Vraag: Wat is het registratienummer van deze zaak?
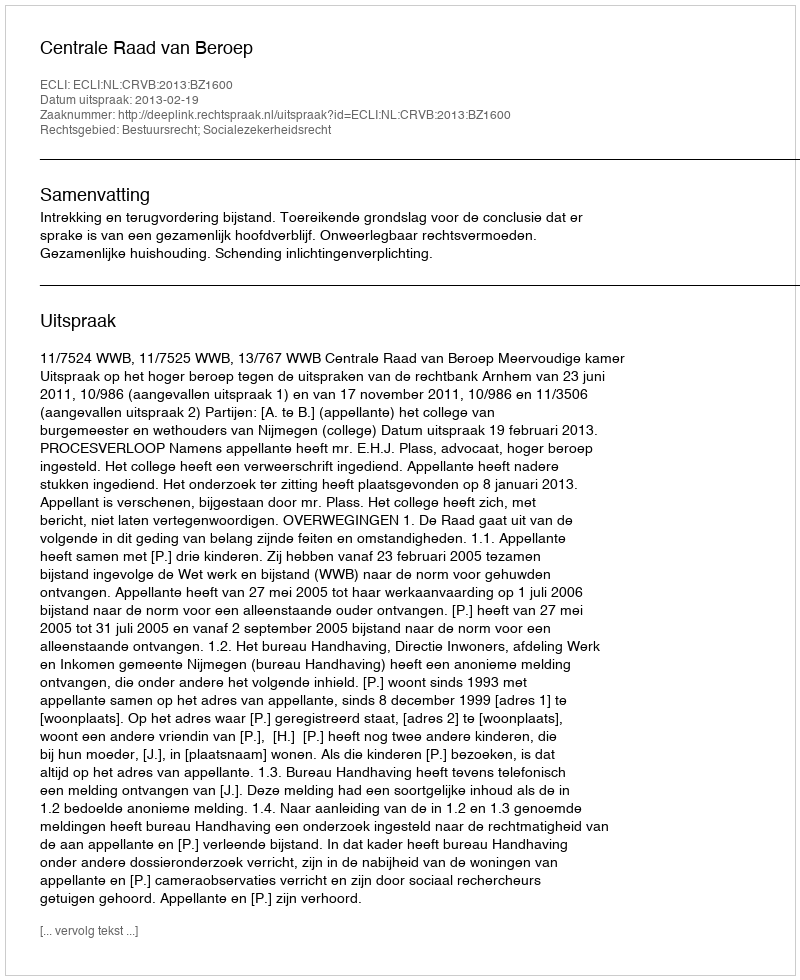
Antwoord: http://deeplink.rechtspraak.nl/uitspraak?id=ECLI:NL:CRVB:2013:BZ1600